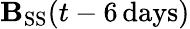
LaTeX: \mathbf{B}_{\mathrm{{SS}}}(t-6\mathrm{{\, days}})